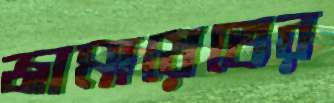
জামায়েতের